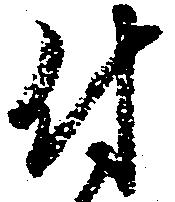
付